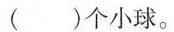
()个小球。